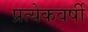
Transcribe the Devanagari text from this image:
प्रत्येकवर्षी